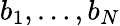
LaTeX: b_{1},\dots,b_{N}